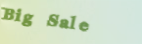
Big Sale